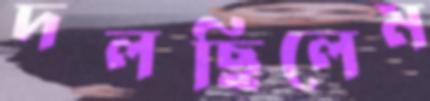
দলছিলেম